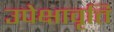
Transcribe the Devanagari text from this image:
उपेक्षावृत्ति